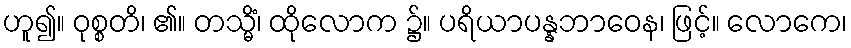
ဟူ၍။ ဝုစ္စတိ၊ ၏။ တသ္မိံ၊ ထိုလောက ၌။ ပရိယာပန္နဘာဝေန၊ ဖြင့်။ လောကေ၊